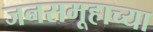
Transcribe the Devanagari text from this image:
जनसमूहाच्‍या